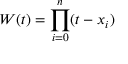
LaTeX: W ( t ) = \prod _ { i = 0 } ^ { n } ( t - x _ { i } )